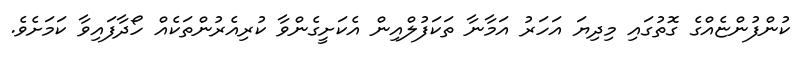
ކުންފުންޏެއްގެ ގޮތުގައި މިދިޔަ އަހަރު އަމާނާ ތަކަފުލްއިން އެކަށީގެންވާ ކުރިއެރުންތަކެއް ހޯދާފައިވާ ކަމަށެވެ.